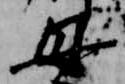
母